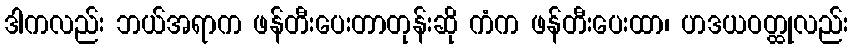
ဒါကလည်း ဘယ်အရာက ဖန်တီးပေးတာတုန်းဆို ကံက ဖန်တီးပေးထာ၊ ဟဒယဝတ္ထုလည်း